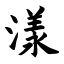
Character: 漾